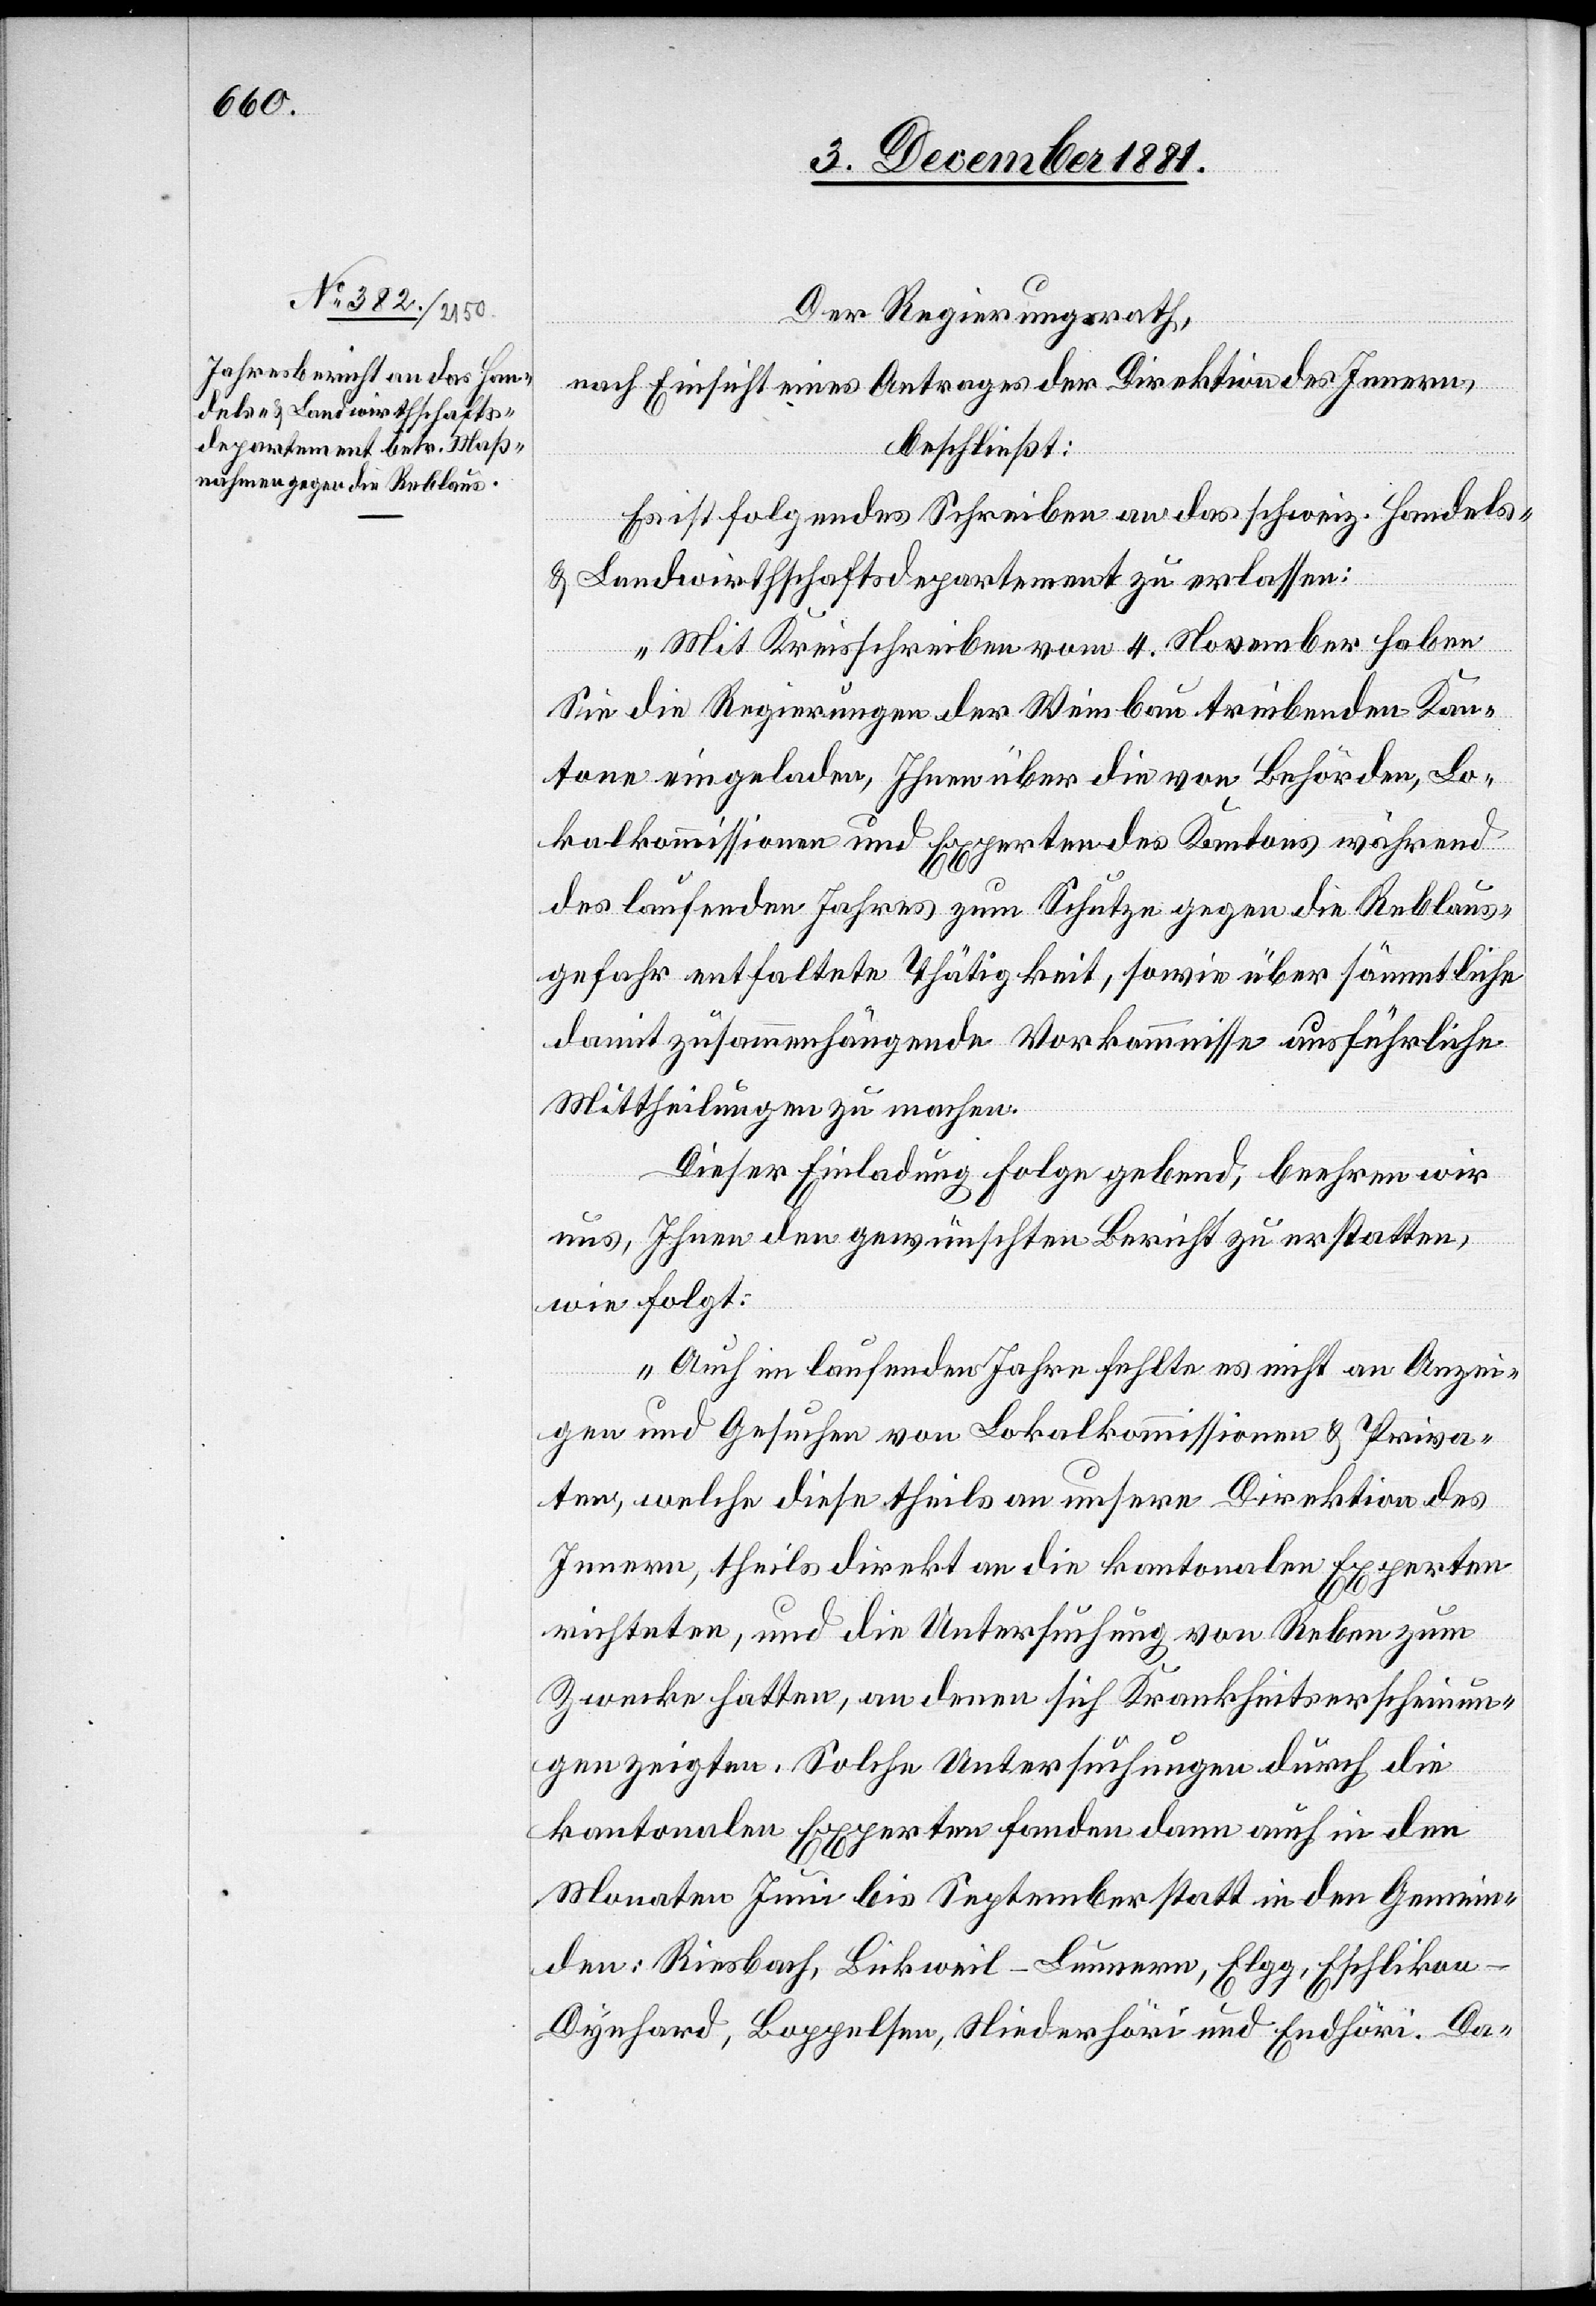
Der Regierungsrath,
nach Einsicht eines Antrages der Direktion des Innern,
beschließt:
Es ist folgendes Schreiben an das schweiz. Handels-
& Landwirthschaftsdepartement zu erlassen:
„Mit Kreisschreiben vom 4. November haben
Sie die Regierungen der Weinbau treibenden Kan¬
tone eingeladen, Ihnen über die von Behörden, Lo¬
kalkommissionen und Experten des Kantons während
des laufenden Jahres zum Schutze gegen die Reblaus¬
gefahr entfaltete Thätigkeit, sowie über sämmtliche
damit zusammenhängende Vorkommnisse ausführliche
Mittheilungen zu machen.
Dieser Einladung Folge gebend, beehren wir
uns, Ihnen den gewünschten Bericht zu erstatten,
wie folgt:
Auch im laufenden Jahre fehlte es nicht an Anzei¬
gen und Gesuchen von Lokalkommissionen & Priva¬
ten, welche diese theils an unsere Direktion des
Innern, theils direkt an die kantonalen Experten
richteten, und die Untersuchung von Reben zum
Zwecke hatten, an denen sich Krankheitserscheinun¬
gen zeigten. Solche Untersuchungen durch die
kantonalen Experten fanden dann auch in den
Monaten Juni bis September statt in den Gemein¬
den: Riesbach, Bickweil-Lunnern, Elgg, Eschlikon-D¬
ynhard, Boppelsen, Niederhöri und Endhöri. Da-